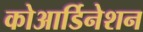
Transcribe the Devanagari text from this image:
कोआर्डिनेशन